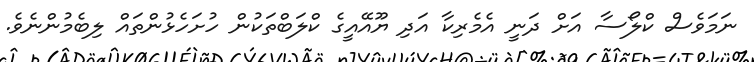
ނަމަވެސް ކްލޯސާ އަށް ދަނީ އެމެރިކާ އަދި ޔޫއޭއީގެ ކްލަބްތަކުން ހުށަހެޅުންތައް ލިބެމުންނެވެ.